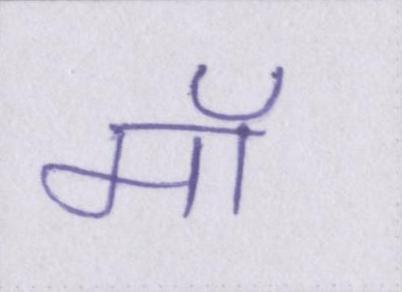
मॉ